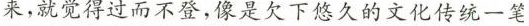
来，就觉得过而不登，像是欠下悠久的文化传统一笔